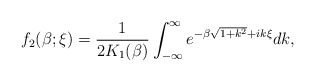
\begin{align*}f_{2}(\beta; \xi) = \frac{1}{2K_{1}(\beta)} \int_{-\infty}^{\infty} e^{-\beta \sqrt{1+k^{2}} + ik\xi} dk,\end{align*}